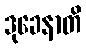
ဒုခေနာတိ